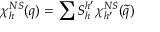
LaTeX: \chi _ { h } ^ { N S } ( q ) = \sum S _ { h } ^ { h ^ { \prime } } \chi _ { h ^ { \prime } } ^ { N S } ( \tilde { q } )